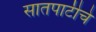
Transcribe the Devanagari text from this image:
सातपाटीचे